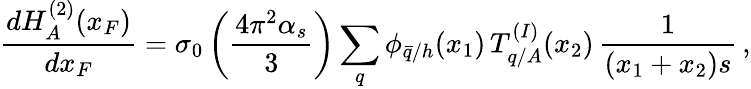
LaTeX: \frac{dH_{A}^{(2)}(x_{F})}{dx_{F}}=\sigma_{0}\left(\frac{4\pi^{2}\alpha_{s}}{3}\right)\sum_{q}\phi_{\bar{q}/h}(x_{1})\, T_{q/A}^{(I)}(x_{2})\, \frac{1}{(x_{1}+x_{2})s}\, ,